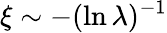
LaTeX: \xi\sim-(\ln\lambda)^{-1}